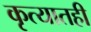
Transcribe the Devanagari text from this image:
कृत्यातही